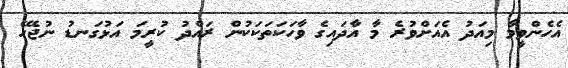
އެހެންވީމާ މިއަދު އެއަށްވުރެ މާ އާދައިގެ ވާހަކަތަކަކުން ރައްދު ކުރީމަ އަޅުގަނޑު ނުޖެހޭ